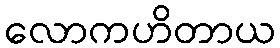
လောကဟိတာယ